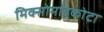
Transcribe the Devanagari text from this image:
मिक्सोमाइकोटा